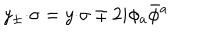
LaTeX: y _ { \pm } { \cdot \sigma } = y { \cdot \sigma } \mp 2 i \phi _ { a } \bar { \phi } { } ^ { a }